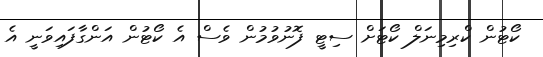
ކޯޓުން ކްރިމިނަލް ކޯޓަށް ސިޓީ ފޮނުވުމުން ވެސް އެ ކޯޓުން އަންގާފައިވަނީ އެ